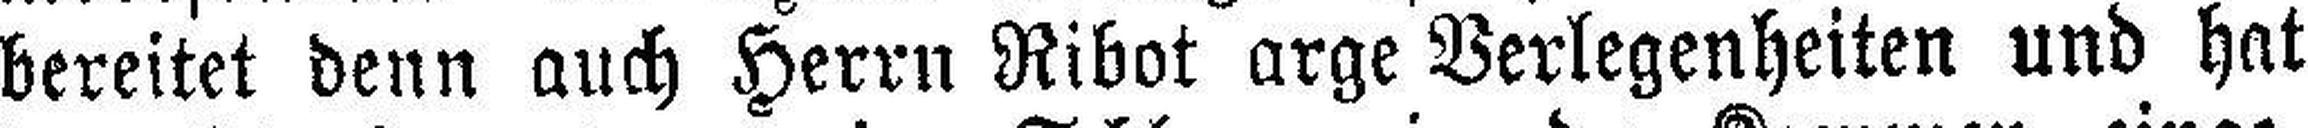
bereitet denn auch Herrn Ribot arge Verlegenheiten und hat